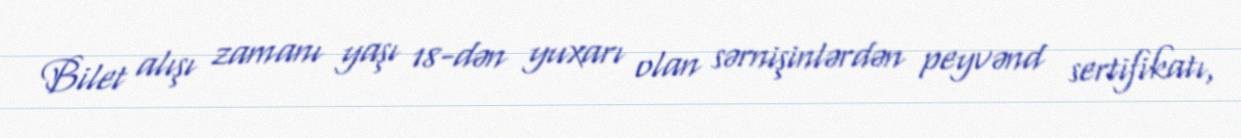
Bilet alışı zamanı yaşı 18-dən yuxarı olan sərnişinlərdən peyvənd sertifikatı,